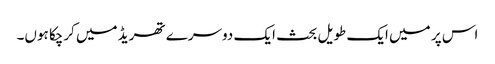
اس پر میں ایک طویل بحث ایک دوسرے تھریڈ میں کرچکا ہوں۔